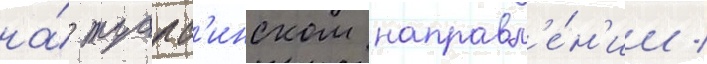
на́ туапс'инском направл'е́н'ии /